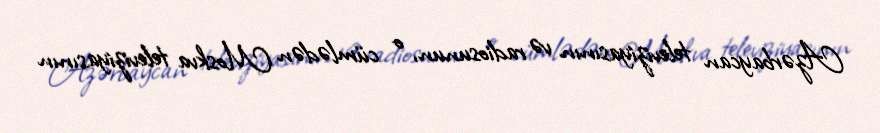
Azərbaycan televiziyasının və radiosunun, o cümlədən Moskva televiziyasının